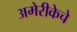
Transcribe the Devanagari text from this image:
अमेरीकेचे